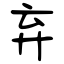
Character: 弃